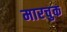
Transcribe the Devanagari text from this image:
मारचुक